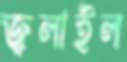
জ্বলাইল